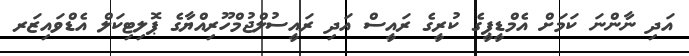
އަދި ނާންނަ ކަމަށް އެމްޑީޕީގެ ކުރީގެ ރައީސް އަދި ރައީސުލްޖުމްހޫރިއްޔާގެ ޕޮލިޓިކަލް އެޑްވައިޒަރ